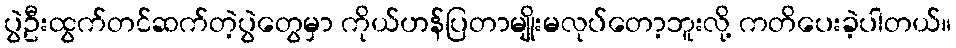
ပွဲဦးထွက်တင်ဆက်တဲ့ပွဲတွေမှာ ကိုယ်ဟန်ပြတာမျိုးမလုပ်တော့ဘူးလို့ ကတိပေးခဲ့ပါတယ်။